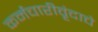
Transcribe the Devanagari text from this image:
कर्मचारीवृंदाचे